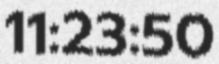
11:23:50